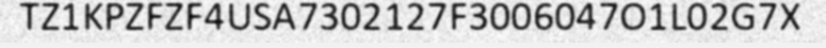
TZ1KPZFZF4USA7302127F3006047O1L02G7X